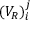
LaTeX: ( V _ { R } ) _ { i } ^ { j }